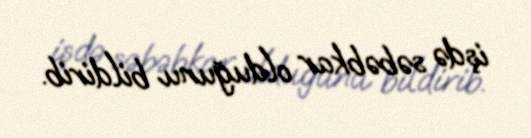
işdə səbəbkar olduğunu bildirib.